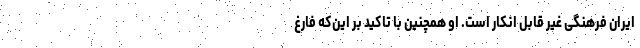
ایرانِ فرهنگی غیر قابل انکار است. او همچنین با تاکید بر این‌که فارغ